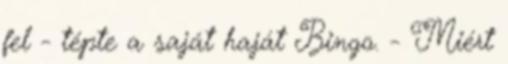
fel - tépte a saját haját Bingo. - Miért